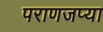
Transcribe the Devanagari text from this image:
पराणजप्या